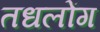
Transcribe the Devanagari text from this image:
तधलोंग